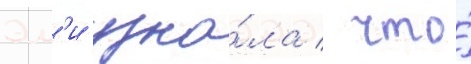
Эм'и узна́ла / что́